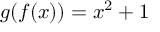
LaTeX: g ( f ( x ) ) = x ^ { 2 } + 1